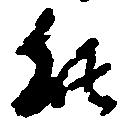
能